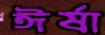
ঈর্ষা